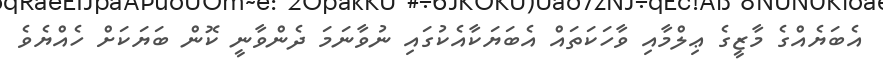
އެބަޔެއްގެ މާޒީގެ ޢިލްމާއި ވާހަކަތައް އެބަޔަކާއެކުގައި ނުވާނަމަ ދެންވާނީ ކޮން ބަޔަކަށް ހެއްޔެވެ